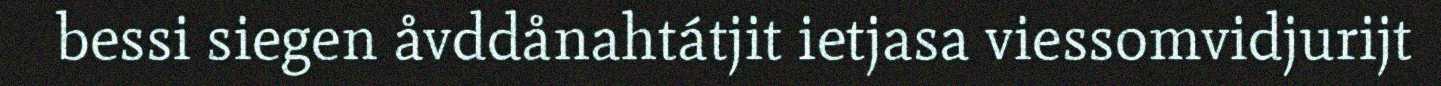
bessi siegen åvddånahtátjit ietjasa viessomvidjurijt